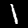
Label: 1